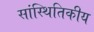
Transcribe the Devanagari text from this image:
सांस्थितिकीय